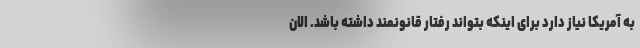
به آمریکا نیاز دارد برای اینکه بتواند رفتار قانونمند داشته باشد. الان